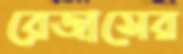
রেজাসের